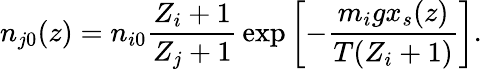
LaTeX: n_{j0}(z)=n_{i0}{\frac{Z_{i}+1}{Z_{j}+1}}\exp\left[-{\frac{m_{i}gx_{s}(z)}{T(Z_{i}+1)}}\right].